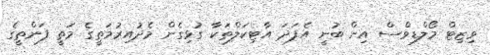
ވިޒިޓް މޯލްޑިވްސް އިން ބުނީ އެފަދަ އާޓިކަލްތަކާ ގުޅިގެން މެދުއިރުމަތީގެ މަތީ ފަންތީގެ